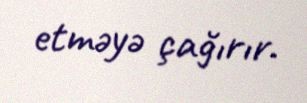
etməyə çağırır.